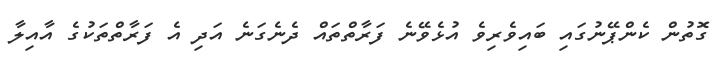
ގޮތުން ކެންޕޭނުގައި ބައިވެރިވެ އުޅެވޭނެ ފަރާތްތައް ދެނެގަނެ އަދި އެ ފަރާތްތަކުގެ އާއިލާ